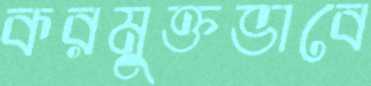
করমুক্তভাবে